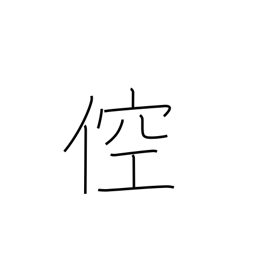
Meaning: boorish